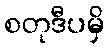
စတုဒီပမှိ